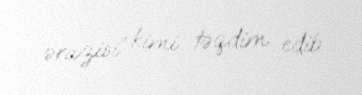
ərazisi” kimi təqdim edib.